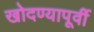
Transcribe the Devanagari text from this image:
खोदण्यापूर्वी